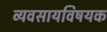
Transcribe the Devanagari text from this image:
व्यवसायविषयक